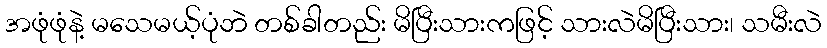
အဖုံဖုံနဲ့ မသေမယ့်ပုံဘဲ တစ်ခါတည်း မိပြီးသားကဖြင့် သားလဲမိပြီးသား၊ သမီးလဲ